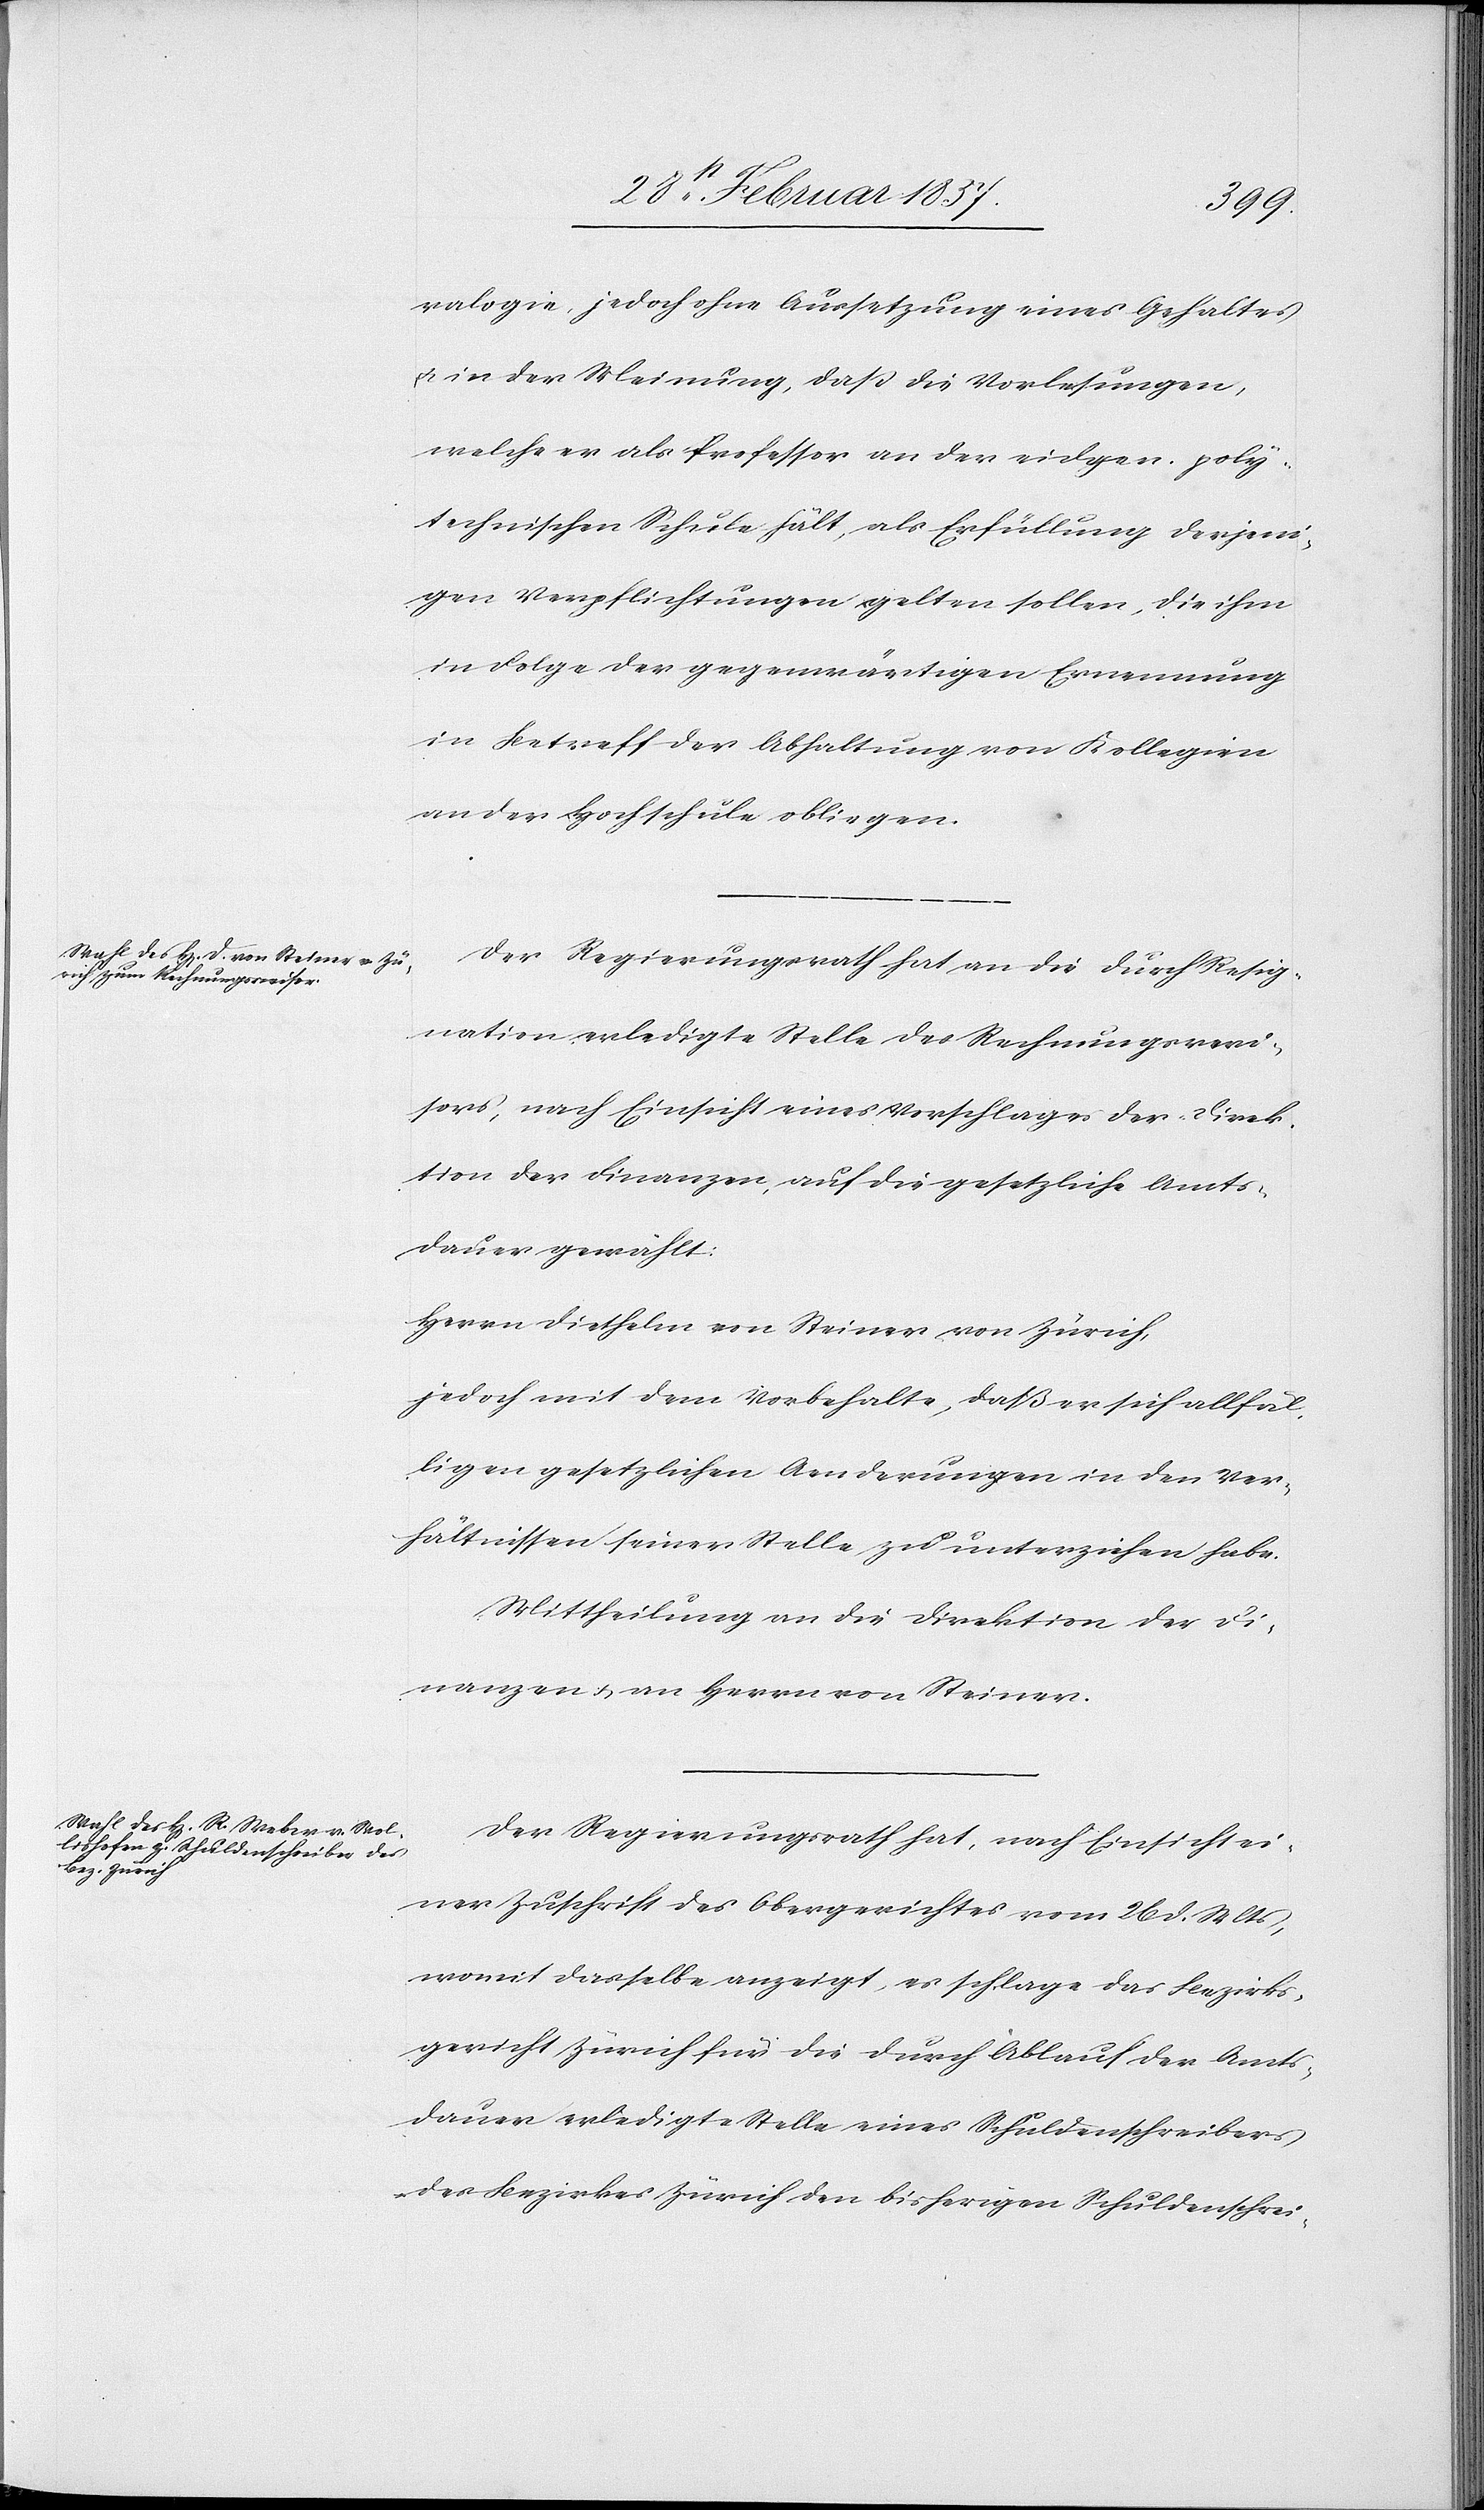
ralogie, jedoch ohne Aussetzung eines Gehaltes
u. in der Meinung, daß die Vorlesungen,
welche er als Professor an der eidgen. poly¬
technischen Schule hält, als Erfüllung derjeni¬
gen Verpflichtungen gelten sollen, die ihm
in Folge der gegenwärtigen Ernennung
in Betreff der Abhaltung von Kollegien
an der Hochschule obliegen.
Der Regierungsrath hat an die durch Resig¬
nation, erledigte Stelle des Rechnungsrevi¬
sors, nach Einsicht eines Vorschlages der Direk¬
tion der Finanzen, auf die gesetzliche Amts¬
dauer gewählt:
Herrn Diethelm von Steiner von Zürich,
jedoch mit dem Vorbehalte, daß er sich allfäl¬
ligen gesetzlichen Aenderungen in den Ver¬
hältnissen seiner Stelle zu unterziehen habe.
Mittheilung an die Direktion der Fi¬
nanzen u. an Herrn von Steiner.
Der Regierungsrath hat, nach Einsicht ei¬
ner Zuschrift des Obergerichtes vom 26 d. Mts,
womit dasselbe anzeigt, es schlage das Bezirks¬
gericht Zürich für die durch Ablauf der Amts¬
dauer erledigte Stelle eines Schuldenschreibers
des Bezirkes Zürich den bisherigen Schuldenschrei-